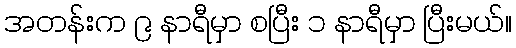
အတန်းက ၉ နာရီမှာ စပြီး ၁ နာရီမှာ ပြီးမယ်။